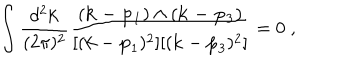
LaTeX: \int \frac { d ^ { 2 } { \bf k } } { ( 2 \pi ) ^ { 2 } } \frac { ( { \bf k - p _ { 1 } } ) \wedge ( { \bf k - p _ { 3 } } ) } { [ ( { \bf k } - { \bf p } _ { 1 } ) ^ { 2 } ] [ ( { \bf k } - { \bf p } _ { 3 } ) ^ { 2 } ] } = 0 \; ,